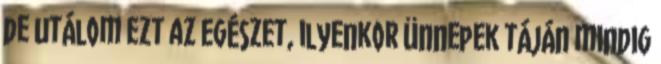
de utálom ezt az egészet, ilyenkor ünnepek táján mindig